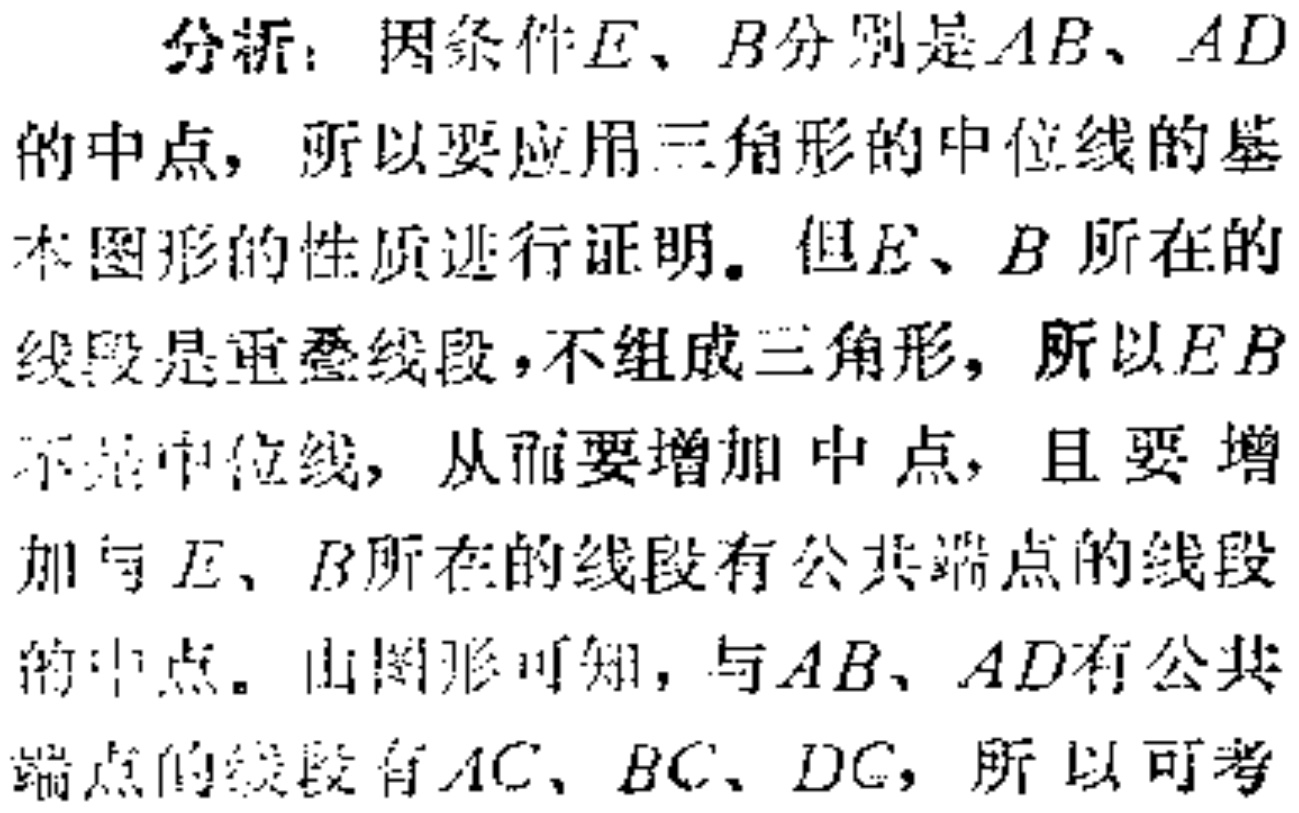
分析：因条件\(E、B\)分别是\(AB、AD\)的中点，所以要应用三角形的中位线的基本图形的性质进行证明。但\(E、B\)所在的线段是重叠线段，不组成三角形，所以\(EB\)不是中位线，从而要增加中点，且要增加与\(E、B\)所在的线段有公共端点的线段的中点。由图形可知，与\(AB、AD\)有公共端点的线段有\(AC、BC、DC\)，所以可考